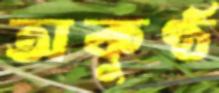
অকুণ্ঠ